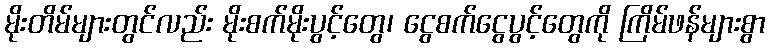
မိုးတိမ်များတွင်လည်း မိုးစက်မိုးပွင့်တွေ၊ ငွေစက်ငွေပွင့်တွေကို ကြိမ်ဖန်များစွာ